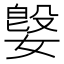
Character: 𫱥